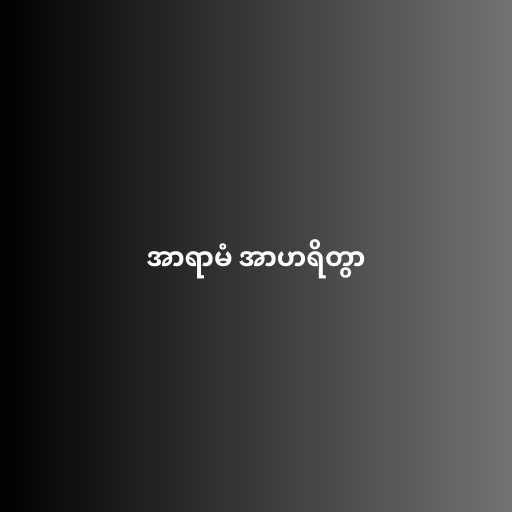
အာရာမံ အာဟရိတွာ